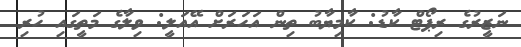
ނަޒީރުގެ ރިޕޯޓް ކާޑު: ކާމިޔާބު ތިން އަހަރަށް އޭއަލީ: ވިލާގެ މަތީގައި ހުރި